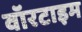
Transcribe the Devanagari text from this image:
वॉरटाइम